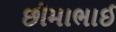
છીમાભાઈ